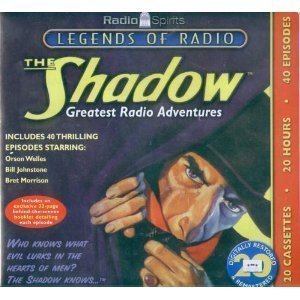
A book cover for Shadow: Greatest Radio Adventures (20-Hour Collections); various; Humor & Entertainment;